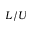
L / U